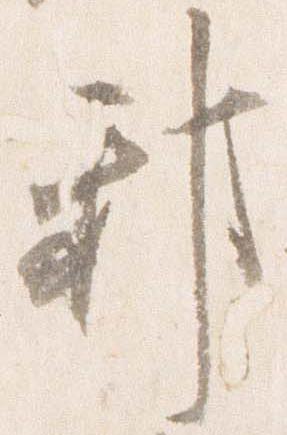
邪